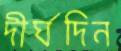
দীর্ঘদিন